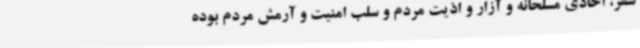
سقز، اخاذی مسلحانه و آزار و اذیت مردم و سلب امنیت و آرمش مردم بوده